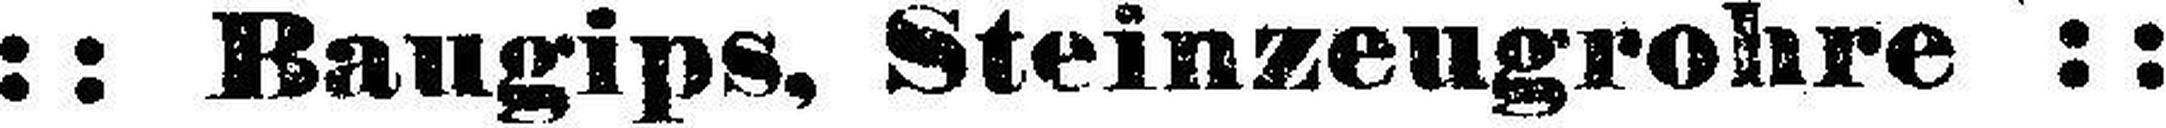
:: Baugips, Steinzeugrohre ::